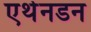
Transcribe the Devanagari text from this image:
एथेनडन